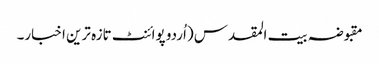
مقبوضہ بیت المقدس (اُردو پوائنٹ تازہ ترین اخبار۔